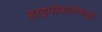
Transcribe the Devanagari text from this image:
हाइपोकलोराइट